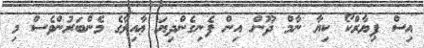
އިސް ޕިޔާރްކޯ ކިޔާ ނާމް ދޫން އިން ފެނިގެންދިޔަ ޢާއިލާގެ މެންބަރުންވެސް މި